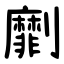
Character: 劘